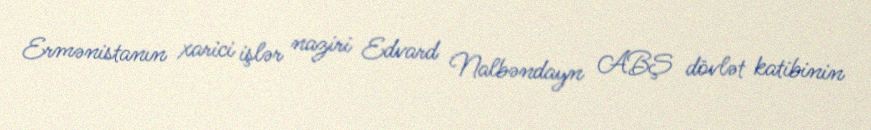
Ermənistanın xarici işlər naziri Edvard Nalbəndayn ABŞ dövlət katibinin